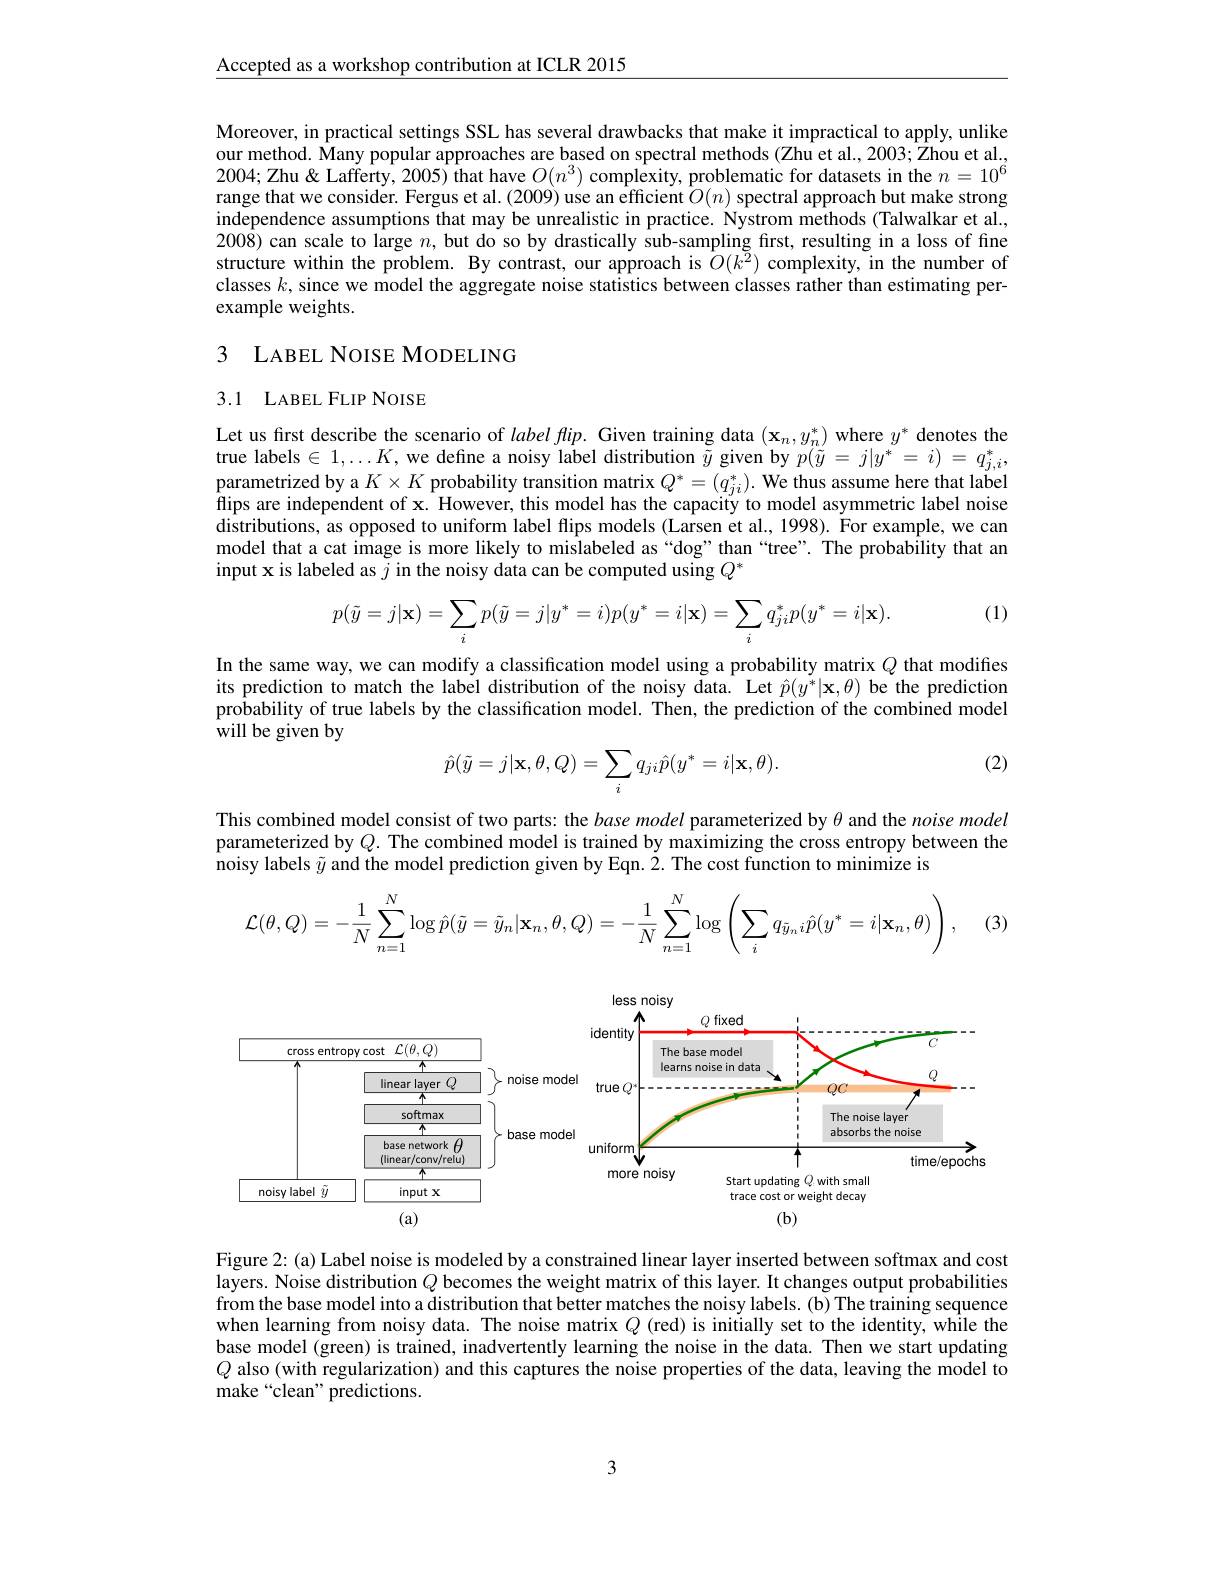
$\underline{\mathrm{Accepted~as~a~workshop~contribution~at~ICLR~2015}}$

Moreover, in practical settings SSL has several drawbacks that make it impractical to apply, unlike our method. Many popular approaches are based on spectral methods (Zhu et al., 2003; Zhou et al., 2004; Zhu & Lafferty, 2005) that have $O(n^3)$ complexity, problematic for datasets in the $n=10^6$ range that we consider. Fergus et al. (2009) use an efficient $O(n)$ spectral approach but make strong independence assumptions that may be unrealistic in practice. Nystrom methods (Talwalkar et al. $200\hat{8})$ can scale to large $n$, but do so by drastically sub-sampling first, resulting in a loss of fine structure within the problem. By contrast, our approach is $\hat{O}(k^{\tilde{2}})$ complexity, in the number of classes $k$, since we model the aggregate noise statistics between classes rather than estimating perexample weights.

## 3 LABEL NOISE MODELING

## 3.1 LABEL FLIP NOISE

Let us first describe the scenario of $label\textit{flip. Given training data }( \mathbf{x} _n, y_n^* )$ where $y^*$ denotes the true labels $\in1,\ldots K$, we define a noisy label distribution $\tilde{y}$ given by $p(\tilde{y}=j|y^*=i)=q_{j,i}^*$,parametrized by a $K\times K$ probability transition matrix $Q^*=(q_{ji}^*).$ We thus assume here that label flips are independent of x. However, this model has the capacity to model asymmetric label noise distributions, as opposed to uniform label flips models (Larsen et al., 1998). $\tilde{\text{For example,we can}}$ model that a cat image is more likely to mislabeled as “dog” than “tree”. The probability that an input x is labeled as $j$ in the noisy data can be computed using $Q^*$

(1)
$$p(\tilde{y}=j|\mathbf{x})=\sum_ip(\tilde{y}=j|y^*=i)p(y^*=i|\mathbf{x})=\sum_iq_{ji}^*p(y^*=i|\mathbf{x}).$$
In the same way, we can modify a classification model using a probability matrix $Q$ that modifies its prediction to match the label distribution of the noisy data. Let $\hat{p}(y^*|\mathbf{x},\theta)$ be the prediction probability of true labels by the classification model. Then, the prediction of the combined model will be given by

(2)
$$\hat{p}(\tilde{y}=j|\mathbf{x},\theta,Q)=\sum_{i}q_{ji}\hat{p}(y^{*}=i|\mathbf{x},\theta).$$
This combined model consist of two parts: the $base\textit{model parameterized by }\theta$ and the $noise\textit{model}$ parameterized by $Q.$ The combined model is trained by maximizing the cross entropy between the noisy labels $\tilde{y}$ and the model prediction given by Eqn. 2. The cost function to minimize is

(3
$$\mathcal{L}(\theta,Q)=-\frac{1}{N}\sum_{n=1}^{N}\log\hat{p}(\tilde{y}=\tilde{y}_{n}|\mathbf{x}_{n},\theta,Q)=-\frac{1}{N}\sum_{n=1}^{N}\log\left(\sum_{i}q_{\tilde{y}_{n}i}\hat{p}(y^{*}=i|\mathbf{x}_{n},\theta)\right),$$
<FigureHere>

Figure 2: (a) Label noise is modeled by a constrained linear layer inserted between softmax and cost layers. Noise distribution $Q$ becomes the weight matrix of this layer. It changes output probabilities from the base model into a distribution that better matches the noisy labels. (b) The training sequence when learning from noisy data. The noise matrix $Q$ (red) is initially set to the identity, while the base model (green) is trained, inadvertently learning the noise in the data. Then we start updating $Q$ also (with regularization) and this captures the noise properties of the data, leaving the model to make“clean” predictions.

3